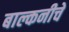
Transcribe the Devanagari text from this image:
बाल्कनीचे